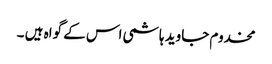
مخدوم جاوید ہاشمی اس کے گواہ ہیں ۔